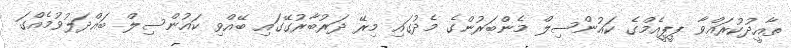
ތާއީދުކުރައްވާ ޕީޕީއެމްގެ ކައުންސިލް މެންބަރުންގެ މެދުގައި މިރޭ ދަރުބާރުގޭގައި ބޭއްވި ކައުންސިލް ބައްދަލުވުމެއްގަ